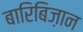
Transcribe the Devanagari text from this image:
बारिबिज़ान